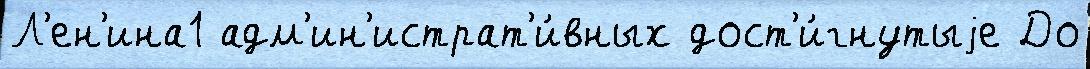
Л'ен'ина1 адм'ин'истрат'и́вных дост'и́гнутыjе До